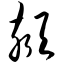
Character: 颏